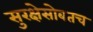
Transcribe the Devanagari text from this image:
सुरक्षेसोबतच